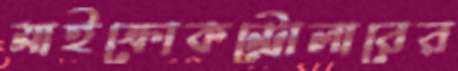
মাইক্রোকন্ট্রোলারের